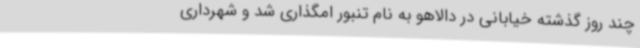
چند روز گذشته خیابانی در دالاهو به نام تنبور امگذاری شد و شهرداری